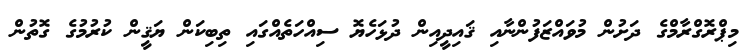
މިޕްރޮގްރާމްގެ ދަށުން މުވައްޒަފުންނާއި ޤައިދީއިން ދުޅަހެޔޮ ސިއްހަތެއްގައި ތިބިކަން ޔަޤީން ކުރުމުގެ ގޮތުން